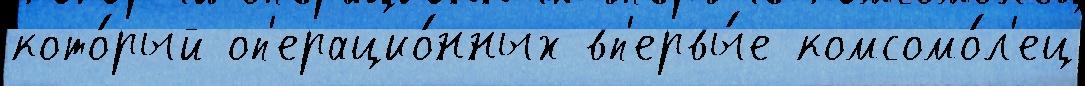
кото́рый оп'ерацио́нных вп'ервы́е комсомо́л'ец